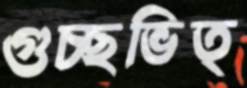
গুচ্ছভিত্